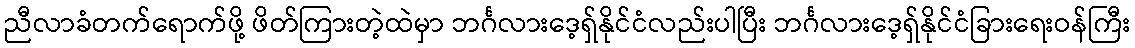
ညီလာခံတက်ရောက်ဖို့ ဖိတ်ကြားတဲ့ထဲမှာ ဘင်္ဂလားဒေ့ရှ်နိုင်ငံလည်းပါပြီး ဘင်္ဂလားဒေ့ရှ်နိုင်ငံခြားရေးဝန်ကြီး